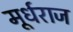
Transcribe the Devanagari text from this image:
मूर्धराज